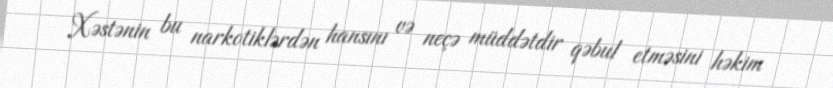
Xəstənin bu narkotiklərdən hansını və neçə müddətdir qəbul etməsini həkim